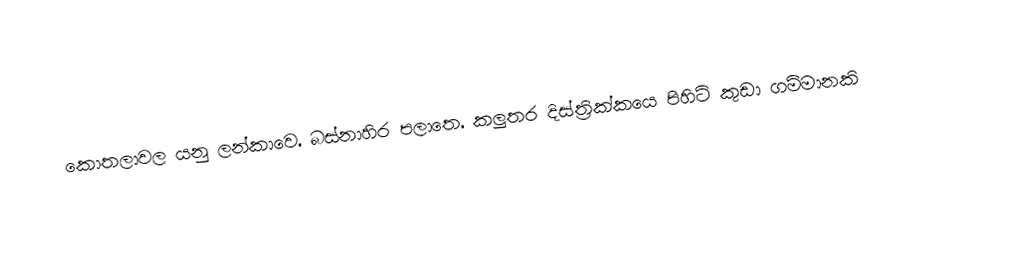

කොතලාවල යනු ලන්කාවෙ. බස්නාහිර පලාතෙ. කලුතර දිස්ත්‍රික්කයෙ පිහිටි කුඩා ගම්මානකි